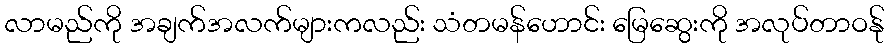
လာမည်ကို အချက်အလက်များကလည်း သံတမန်ဟောင်း မြေဆွေးကို အလုပ်တာဝန်ု